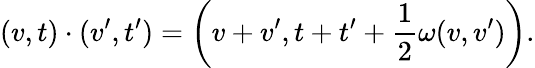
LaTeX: (v,t)\cdot(v^{\prime},t^{\prime})=\left(v+v^{\prime},t+t^{\prime}+{\frac{1}{2}}\omega(v,v^{\prime})\right).